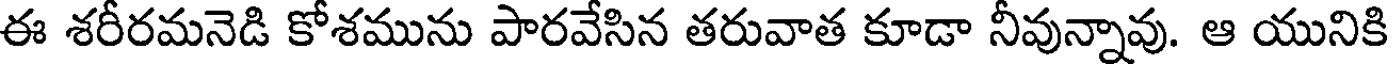
ఈ శరీరమనెడి కోశమును పారవేసిన తరువాత కూడా నీవున్నావు. ఆ యునికి